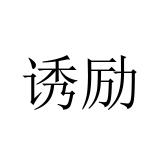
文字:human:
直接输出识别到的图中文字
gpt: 诱励